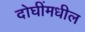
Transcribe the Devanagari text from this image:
दोघींमधील